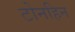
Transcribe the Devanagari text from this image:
टोनहिन